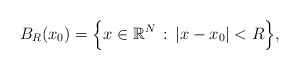
\begin{align*}B_R(x_0)=\Big\{x\in\mathbb{R}^N\, :\, |x-x_0|<R\Big\},\end{align*}